Civil Veterinary Department. Central Provinces & Berar 1925-31 - 1925-1931
Year: 1925
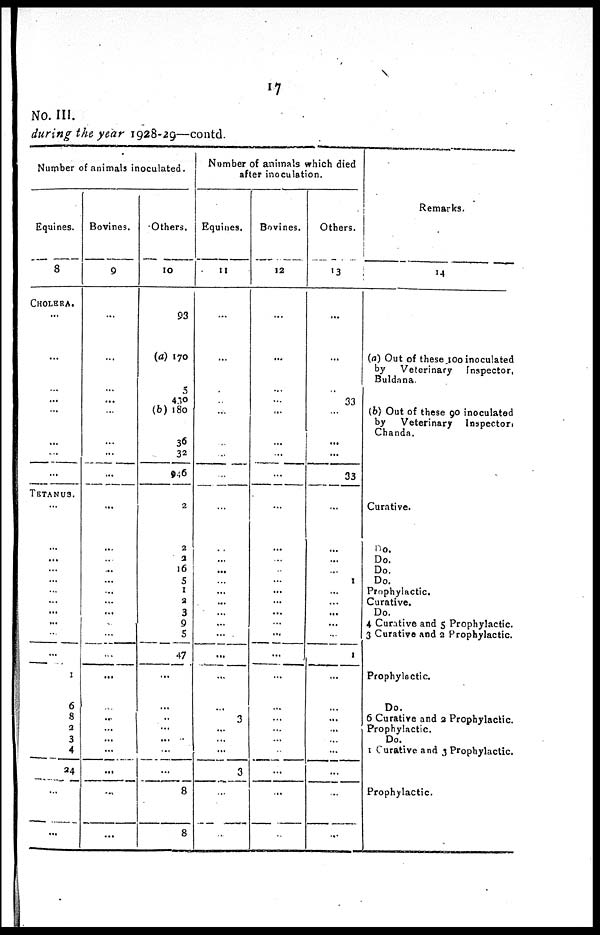
17
NO. III.
during the year 1928-29—contd.
Number of animals inoculated.
Equines.
8
CHOLERA.
...
...
...
...
...
...
...
...
TETANUS.
..
...
...
...
...
...
...
...
...
...
...
1
6
8
2
3
4
24
...
...
Bovines.
9
...
...
...
...
...
...
...
...
...
...
...
...
...
...
...
...
...
...
...
...
...
...
...
...
...
...
...
...
Others.
10
93
(a) 170
5
430
(b) 180
36
32
946
2
2
2
16
5
1
3
3
9
5
47
...
...
...
...
....
...
8
8
Number of animals which died
after inoculation.
Equines.
11
...
...
..
...
...
...
...
...
...
...
...
...
...
...
...
...
...
...
3
...
...
3
...
...
Bovines.
12
...
...
...
...
...
...
...
...
...
...
...
...
...
...
...
...
...
...
...
...
...
...
...
...
...
...
...
Others.
13
...
...
..
33
...
...
...
33
....
...
...
..
1
...
...
...
...
...
1
...
...
...
...
...
...
...
...
Remarks.
14
(a) Out of these 100 inoculated
by Veterinary
Inspector,
Buldana.
(b) Out of these go inoculated
by Veterinary Inspector)
Chanda.
Curative.
Do.
Do.
Do.
Do.
Prophylactic.
Curative.
Do.
4 Curative and 5 Prophylactic.
3 Curative and 2 Prophylactic.
Prophylactic.
Do.
6 Curative and 2 Prophylactic.
Prophylactic,
Do.
1 Curative and 3 Prophylactic.
Prophylactic.